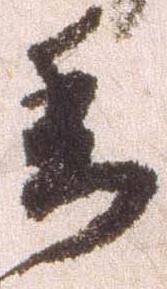
委